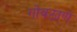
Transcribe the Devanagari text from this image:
गोवठाणे